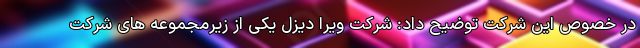
در خصوص این شرکت توضیح داد: شرکت ویرا دیزل یکی از زیرمجموعه های شرکت